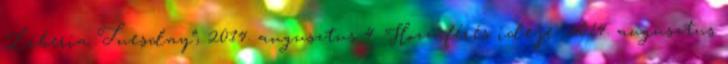
Liberia Tuesday”, 2014. augusztus 4. Hozzáférés ideje: 2014. augusztus